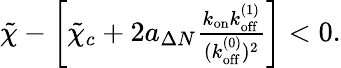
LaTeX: \begin{array}{r}{\tilde{\chi}-\left[\tilde{\chi}_{c}+2a_{\Delta N}\frac{k_{\mathrm{on}}k_{\mathrm{off}}^{(1)}}{(k_{\mathrm{off}}^{(0)})^{2}}\right]<0.}\end{array}